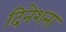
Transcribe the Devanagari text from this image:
दिनेशना